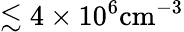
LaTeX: \lesssim 4\times 10^{6}\mathrm{cm}^{-3}